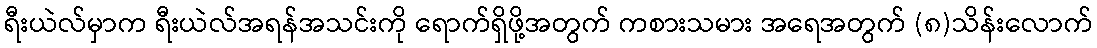
ရီးယဲလ်မှာက ရီးယဲလ်အရန်အသင်းကို ရောက်ရှိဖို့အတွက် ကစားသမား အရေအတွက် (၈)သိန်းလောက်